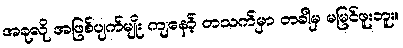
အခုလို အဖြစ်ပျက်မျိုး ကျနော့် တသက်မှာ တခါမှ မမြင်ဖူးဘူး။